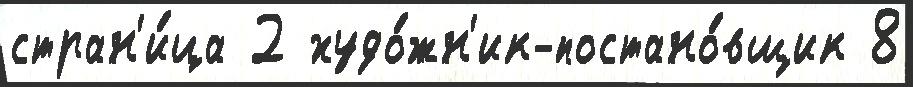
стран'и́ца 2 худо́жн'ик-постано́вщик 8